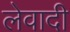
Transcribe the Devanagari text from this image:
लेवादी